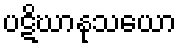
ပဋိဃာနုသယော